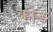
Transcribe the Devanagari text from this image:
कोङ